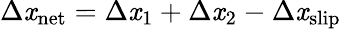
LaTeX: \Delta\mathit{x}_{\mathrm{{net}}}=\Delta\mathit{x}_{1}+\Delta\mathit{x}_{2}-\Delta\mathit{x}_{\mathrm{{slip}}}